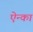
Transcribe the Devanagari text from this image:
ऐन्का